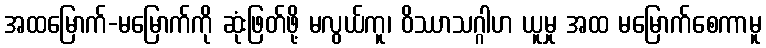
အထမြောက်-မမြောက်ကို ဆုံးဖြတ်ဖို့ မလွယ်ကူ၊ ဝိဿာသဂ္ဂါဟ ယူမှု အထ မမြောက်စေကာမူ